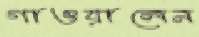
গাওয়ালেন